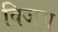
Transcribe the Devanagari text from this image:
विजग